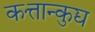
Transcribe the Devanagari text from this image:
कत्तान्कुद्य